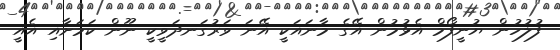
ފުލުހުން ޔުނީފޯމް އެޅުމުން އޭގެ މާނައަކީ އޭނަ ވަރުގަނދަވީކީ ނޫން ކަމަށާއި އެއީ